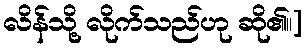
လိန်သို့ လိုက်သည်ဟု ဆို၏။]